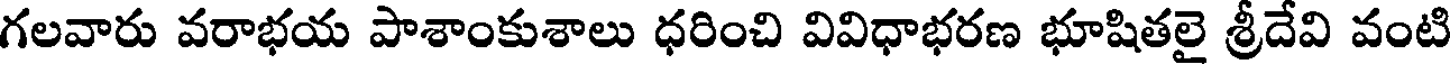
గలవారు వరాభయ పాశాంకుశాలు ధరించి వివిధాభరణ భూషితలై శ్రీదేవి వంటి